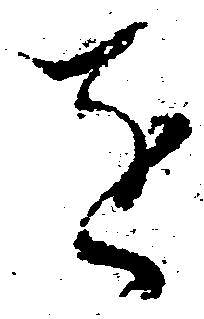
を